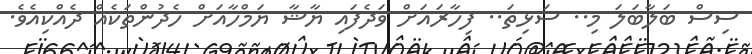
ސިސް ބަލާބަލަ މި.. ސަޅިތަ.. ފިހާރައަށް ވަދެފައި ޔާޝާ ޔަމްހާއަށް ހެދުންތަކެއް ދެއްކިއެވެ.